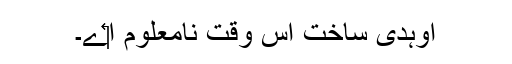
اوہدی ساخت اس وقت نامعلوم ا‏‏ے۔